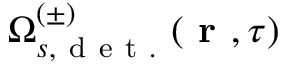
\Omega _ { s , \mathrm { ~ d ~ e ~ t ~ . ~ } } ^ { ( \pm ) } ( \textbf { r } , \tau )